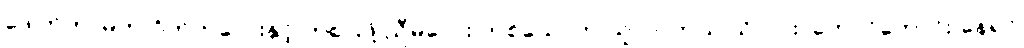
ဒေါက်တာမိက ဝိတ်ကလေးနှင့် ကစားဖို့ ညီမလေး တစ်ယောက် ယူလာတယ် သိလား၊ ကောင်ကောင်း နေရင်